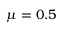
\mu = 0 . 5